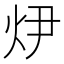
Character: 𭴏